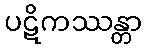
ပဋိကဿန္တာ